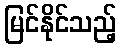
မြင်နိုင်သည့်